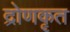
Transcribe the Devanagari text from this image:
द्रोणकृत